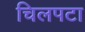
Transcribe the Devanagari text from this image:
चिलपटा